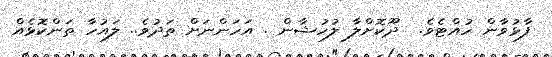
ފާޅުވާން ހުއްޓެވެ.  ދޫކޮށްލާ ލުހުޝާން . އަހަންނަށް ތަދުވެ.. ލައުހާ ތަންކޮޅެއް